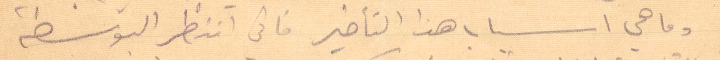
وما هي أسباب هذا التأخير فاني انتظر البوسطة